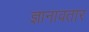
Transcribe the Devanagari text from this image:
ज्ञानावतार